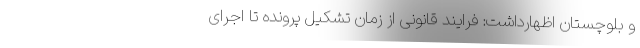
و بلوچستان اظهارداشت: فرایند قانونی از زمان تشکیل پرونده تا اجرای